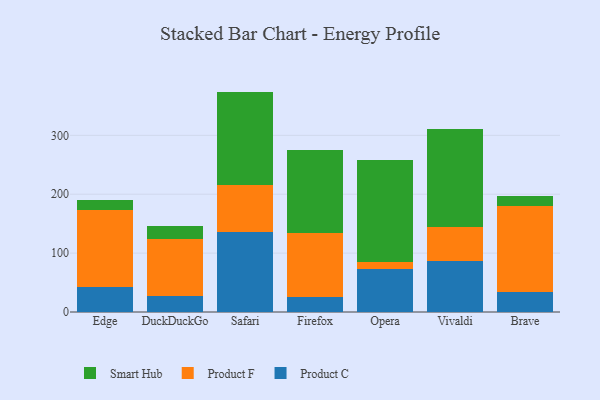
{"axis": {"x": "Browser", "y": "Backlog"}, "legend": ["Product C", "Product F", "Smart Hub"], "data": [{"x": "Edge", "y": 41.8, "type": "Product C"}, {"x": "Edge", "y": 131.6, "type": "Product F"}, {"x": "Edge", "y": 16.3, "type": "Smart Hub"}, {"x": "DuckDuckGo", "y": 27.8, "type": "Product C"}, {"x": "DuckDuckGo", "y": 96.3, "type": "Product F"}, {"x": "DuckDuckGo", "y": 22.6, "type": "Smart Hub"}, {"x": "Safari", "y": 136.1, "type": "Product C"}, {"x": "Safari", "y": 78.9, "type": "Product F"}, {"x": "Safari", "y": 159.3, "type": "Smart Hub"}, {"x": "Firefox", "y": 25.2, "type": "Product C"}, {"x": "Firefox", "y": 108.5, "type": "Product F"}, {"x": "Firefox", "y": 140.6, "type": "Smart Hub"}, {"x": "Opera", "y": 72.3, "type": "Product C"}, {"x": "Opera", "y": 11.8, "type": "Product F"}, {"x": "Opera", "y": 173.8, "type": "Smart Hub"}, {"x": "Vivaldi", "y": 86.9, "type": "Product C"}, {"x": "Vivaldi", "y": 56.7, "type": "Product F"}, {"x": "Vivaldi", "y": 167.3, "type": "Smart Hub"}, {"x": "Brave", "y": 33.2, "type": "Product C"}, {"x": "Brave", "y": 147.4, "type": "Product F"}, {"x": "Brave", "y": 17.2, "type": "Smart Hub"}]}